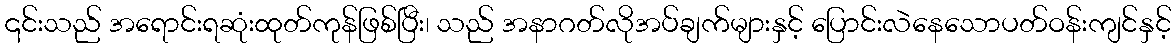
၎င်းသည် အရောင်းရဆုံးထုတ်ကုန်ဖြစ်ပြီး၊ သည် အနာဂတ်လိုအပ်ချက်များနှင့် ပြောင်းလဲနေသောပတ်ဝန်းကျင်နှင့်